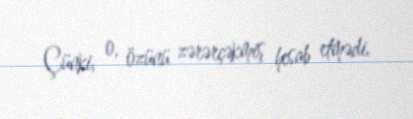
Çünki, o, özünü zərərçəkmiş hesab etmədi.